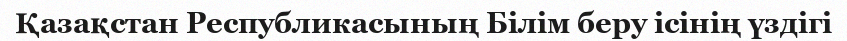
Қазақстан Республикасының Білім беру ісінің үздігі